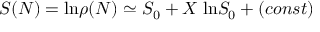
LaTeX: S ( N ) = \mathrm { l n } \rho ( N ) \simeq S _ { 0 } + X \; \mathrm { l n } S _ { 0 } + ( c o n s t )